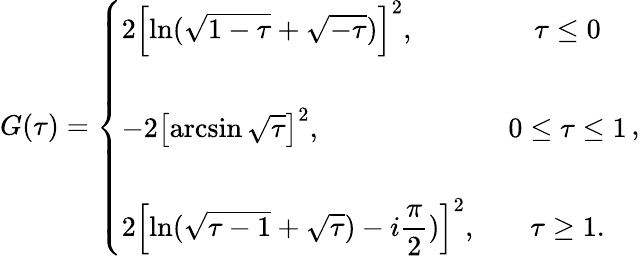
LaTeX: \displaystyle{G(\tau)=\left\{ \begin{array}{lc}{{2\left[\ln(\sqrt{1-\tau}+\sqrt{-\tau})\right]^{2},}}&{{~\tau\leq 0}}\\ {{}}&{{}}\\ {{-2\left[\arcsin\sqrt{\tau}\right]^{2},}}&{{~0\leq\tau\leq 1}}\\ {{}}&{{}}\\ {{2\left[\ln(\sqrt{\tau-1}+\sqrt{\tau})-i\displaystyle\frac{\pi}{2})\right]^{2},}}&{{~\tau\geq 1.}}\end{array}\right.\, ,}